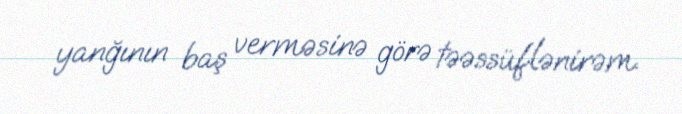
yanğının baş verməsinə görə təəssüflənirəm.